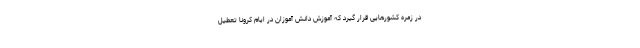
در زمره کشورهایی قرار گیرد که آموزش دانش آموزان در ایام کرونا تعطیل